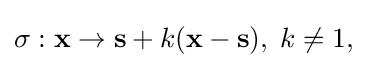
\sigma :\mathbf {x} \to \mathbf {s} +k(\mathbf {x} -\mathbf {s} ),\;k\neq 1,\;